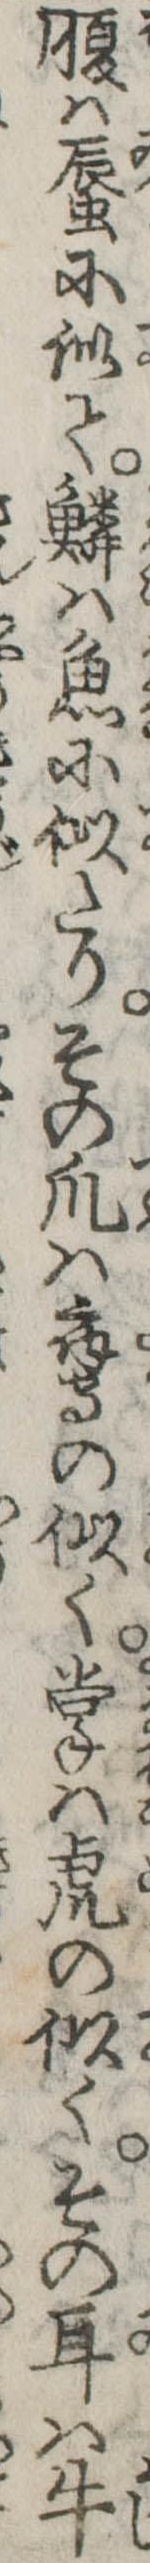
腹は蜃に似て鱗は魚に似たりその爪は鷹の似く掌は虎の似くその耳は牛